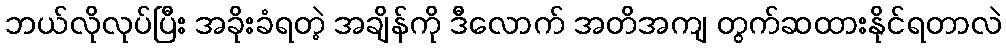
ဘယ်လိုလုပ်ပြီး အခိုးခံရတဲ့ အချိန်ကို ဒီလောက် အတိအကျ တွက်ဆထားနိုင်ရတာလဲ